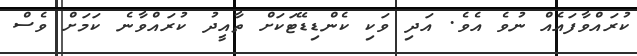
ކުރައްވާފައެއް ނުވެ އެވެ. އަދި ވަކި ކެންޑިޑޭޓަކަށް ތާއީދު ކުރައްވާނެ ކަމަށް ވެސް